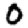
Digit: 0